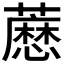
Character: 𬟊